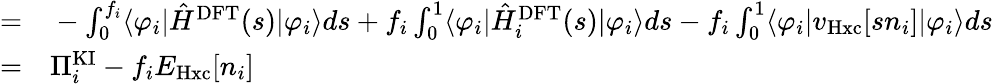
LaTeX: \begin{array}{rl}{=}&{{}-\int_{0}^{f_{i}}\langle\varphi_{i}|\hat{H}^{\mathrm{DFT}}(s)|\varphi_{i}\rangle ds+f_{i}\int_{0}^{1}\langle\varphi_{i}|\hat{H}_{i}^{\mathrm{DFT}}(s)|\varphi_{i}\rangle ds-f_{i}\int_{0}^{1}\langle\varphi_{i}|v_{\mathrm{Hxc}}[sn_{i}]|\varphi_{i}\rangle ds}\\ {=}&{{}\Pi_{i}^{\mathrm{KI}}-f_{i}E_{\mathrm{Hxc}}[n_{i}]}\end{array}